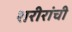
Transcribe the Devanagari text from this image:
शरीरांची